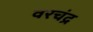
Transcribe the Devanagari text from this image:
वरचंद्र